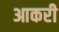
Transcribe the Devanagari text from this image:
आकरी